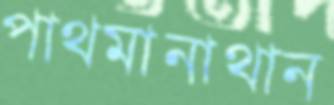
পাথমানাথান